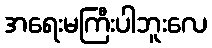
အရေးမကြီးပါဘူးလေ